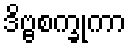
ဒိဗ္ဗစက္ခုကာ